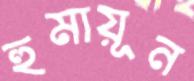
হুমায়ূন